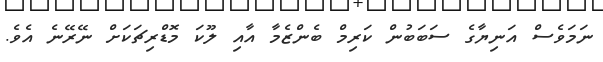
ނަމަވެސް އަނިޔާގެ ސަބަބުން ކަރިމް ބެންޒެމާ އާއި ލޫކަ މޮޑްރިޗަކަށް ނޭރޭނެ އެވެ.